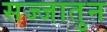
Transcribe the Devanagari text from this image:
सज्जातुन